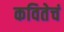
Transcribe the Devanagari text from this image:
कवितेचं